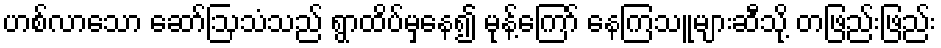
ဟစ်လာသော ဆော်ဩသံသည် ရွာထိပ်မှနေ၍ မုန့်ကြော် နေကြသူများဆီသို့ တဖြည်းဖြည်း